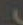
.